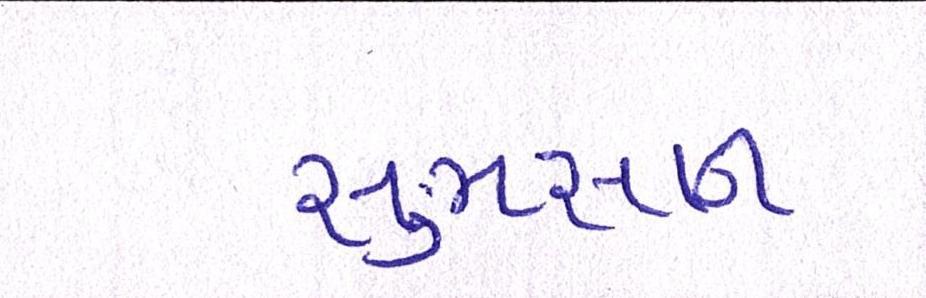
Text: સુમસાન